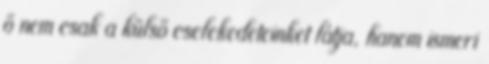
ő nem csak a külső cselekedeteinket látja, hanem ismeri